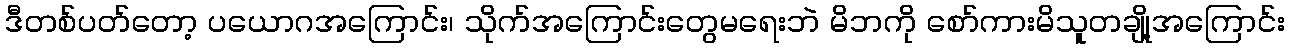
ဒီတစ်ပတ်တော့ ပယောဂအကြောင်း၊ သိုက်အကြောင်းတွေမရေးဘဲ မိဘကို စော်ကားမိသူတချို့အကြောင်း